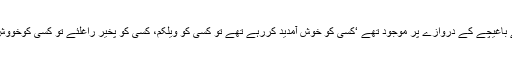
جلال صاحب اپنے معزز مہانوں کو خوش امدید کرنے کے لیے اپنے باغیچے کے دروازے پر موجود تھے ‘کسی کو خوش آمدید کررہے تھے تو کسی کو ویلکم، کسی کو پخیر راغلئے تو کسی کوخووش آمدید‘ کسی کو جُولاھ‘ مگر ہمیں تو” اہلاَ و سہلاَ مرحبا‘ مرحبا“ کہا۔